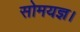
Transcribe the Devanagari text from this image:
सोमयज्ञ।